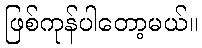
ဖြစ်ကုန်ပါတော့မယ်။